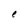
Character: e